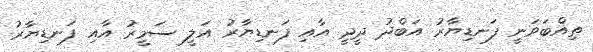
ތިއްބަވަނީ ފަނޑިޔާރު އަބްދު ދީދީ އާއި ފަނޑިޔާރު އަލީ ސަމީރު އާއި ފަނޑިޔާރު